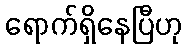
ရောက်ရှိနေပြီဟု